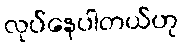
လုပ်နေပါတယ်ဟု